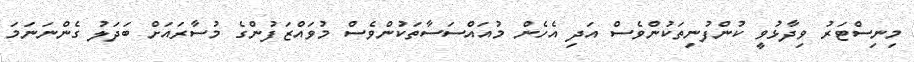
މިނިސްޓަރު ވިދާޅުވީ ކުންފުނިތަކުންވެސް އަދި އެހެން މުއައްސަސާތަކުންވެސް މުވައްޒަފުންގެ މުސާރައަށް ބަދަލު ގެންނަނަމަ